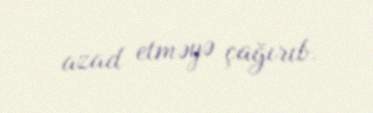
azad etməyə çağırıb.